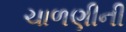
ચાળણીની